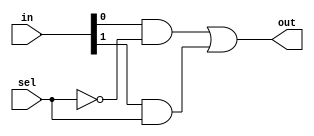
module Mux21 (out, in, sel);
	input [1:0] in;
	input sel;
	output out;

	wire a0, a1;

	and and0(a0, in[0], ~sel);
	and and1(a1, in[1], sel);
	or or0(out, a0, a1);

endmodule